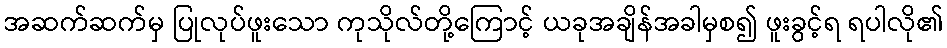
အဆက်ဆက်မှ ပြုလုပ်ဖူးသော ကုသိုလ်တို့ကြောင့် ယခုအချိန်အခါမှစ၍ ဖူးခွင့်ရ ရပါလို၏